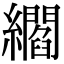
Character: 䌪